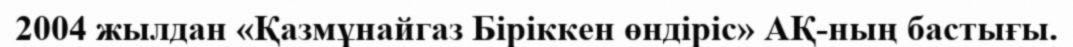
2004 жылдан «Қазмұнайгаз Біріккен өндіріс» АҚ-ның бастығы.